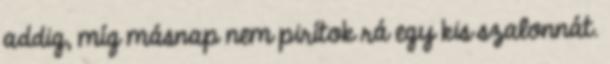
addig, míg másnap nem pirítok rá egy kis szalonnát.